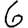
Digit: 6